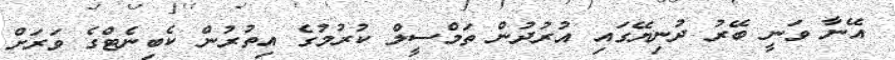
އޭނާ ވަނީ ބޭރު ދުނިޔޭގައި އުރުދުން ތަމްސީލް ކުރުމުގެ އިތުރުން ކެބިނެޓްގެ ވަރަށް